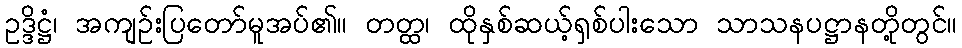
ဥဒ္ဒိဋ္ဌံ၊ အကျဉ်းပြတော်မူအပ်၏။ တတ္ထ၊ ထိုနှစ်ဆယ့်ရှစ်ပါးသော သာသနပဋ္ဌာနတို့တွင်။